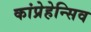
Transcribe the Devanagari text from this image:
कांप्रेहेन्सिव